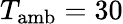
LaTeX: T_{\mathrm{amb}}=30